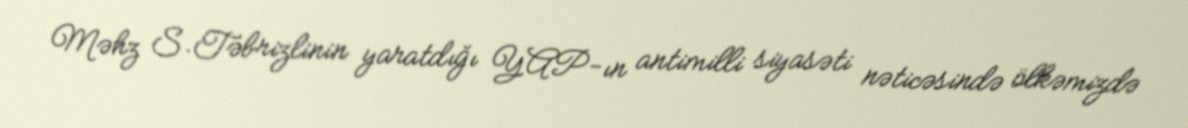
Məhz S.Təbrizlinin yaratdığı YAP-ın antimilli siyasəti nəticəsində ölkəmizdə